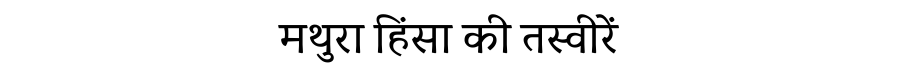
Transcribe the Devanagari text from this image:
मथुरा हिंसा की तस्वीरें